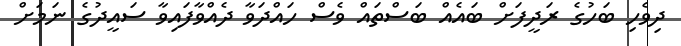
ދިވެހި ބަހުގެ ރަދީފަށް ބައެއް ބަސްތައް ވެސް ހައްދަވާ ދެއްވާފައިވާ ސައީދުގެ ނަމަށް